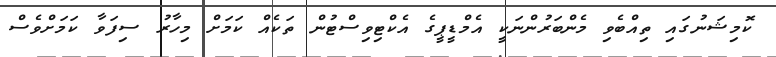
ކޮމިޝަނުގައި ތިއްބެވި މެންބަރުންނަކީ އެމްޑީޕީގެ އެކްޓިވިސްޓުން ތަކެއް ކަމަށް މިހާރު ސިފަވާ ކަމަށްވެސް